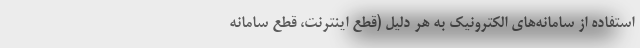
استفاده از سامانه‌های الکترونیک به هر دلیل (قطع اینترنت، قطع سامانه